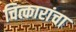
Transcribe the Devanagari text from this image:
चित्कारांचा